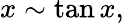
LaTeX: x\sim\tan x,